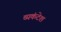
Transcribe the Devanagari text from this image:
व्यकंटेश